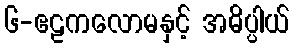
၆-ဧဠကလောမနှင့် အဓိပ္ပါယ်